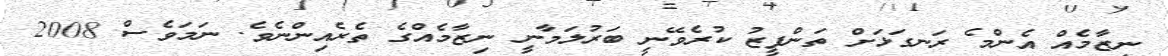
ނިޒާމެެއް އެންމެ ރަނގަޅަށް ތަންފީޒު ކުރެވޭނީ ބަރުލަމާނީ ނިޒާމެއްގެ ތެރެއިންނެވެ. ނަމަވެސް 2008